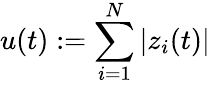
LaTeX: u(t):=\sum_{i=1}^{N}|z_{i}(t)|